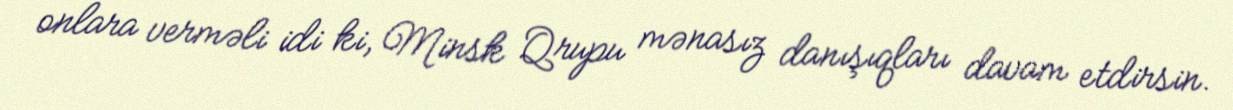
onlara verməli idi ki, Minsk Qrupu mənasız danışıqları davam etdirsin.